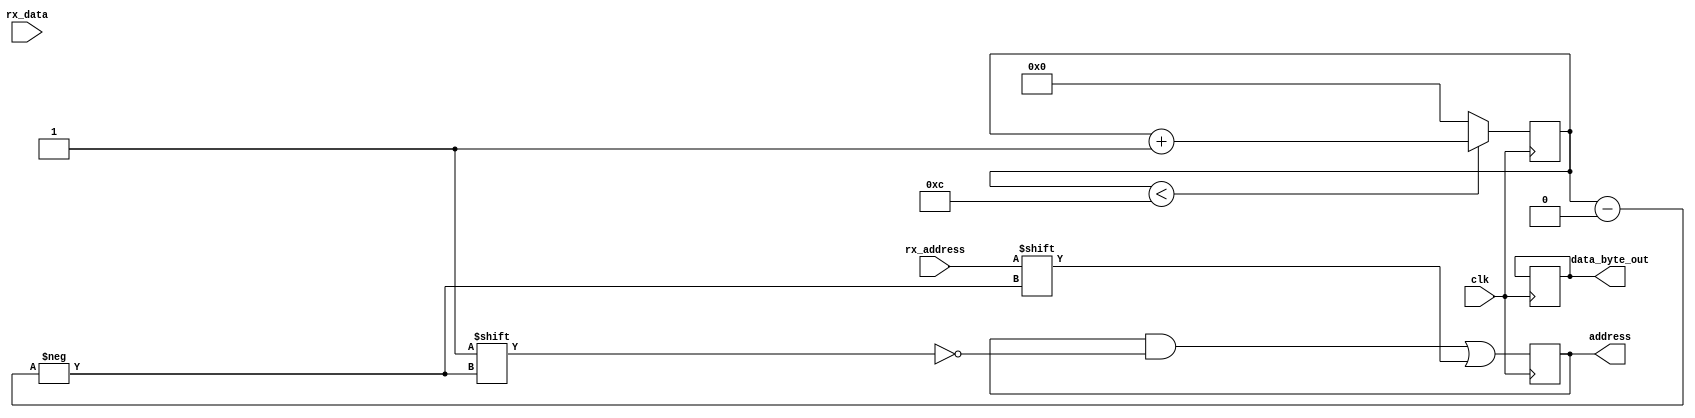
module s2p (input       clk,
   input  rx_address,
	input  rx_data,
	output reg [11:0]address,
	output reg [7:0]data_byte_out);
	
parameter
address_size = 4'd12,
data_size = 4'd8;

reg [3:0]address_bit_idx = 0;
reg [3:0]data_bit_idx = 0;
reg [8:0]data_byte = 0;
reg flag = 0;

always @ (posedge clk)
begin
	data_byte[data_bit_idx] <= rx_data;
	address[address_bit_idx] <= rx_address;
	
	if (address_bit_idx < address_size)
		address_bit_idx <= address_bit_idx + 1;
	else
		address_bit_idx <= 0;
		data_bit_idx <= 0;
		
	if (data_bit_idx < data_size)
		data_bit_idx <= data_bit_idx + 1;
	else
		data_byte_out <= data_byte[8:1];
		data_bit_idx <= 0;
end

endmodule